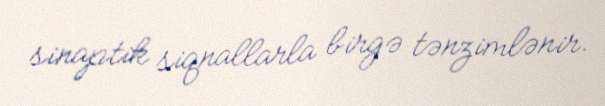
sinaptik siqnallarla birgə tənzimlənir.